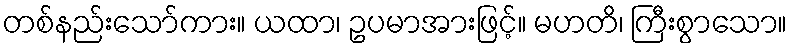
တစ်နည်းသော်ကား။ ယထာ၊ ဥပမာအားဖြင့်။ မဟတိ၊ ကြီးစွာသော။